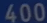
400